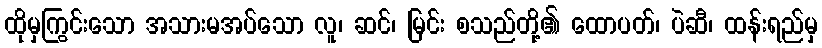
ထိုမှကြွင်းသော အသားမအပ်သော လူ၊ ဆင်၊ မြင်း စသည်တို့၏ ထောပတ်၊ ပဲဆီ၊ ထန်းရည်မှ